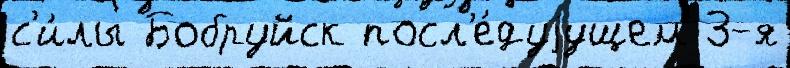
с'и́лы Бобруйск посл'е́дуjущем 3-я